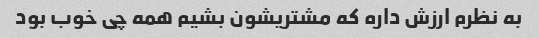
به نظرم ارزش داره که مشتریشون بشیم همه چی خوب بود